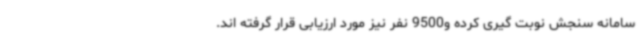
سامانه سنجش نوبت گیری کرده و9500 نفر نیز مورد ارزیابی قرار گرفته اند.